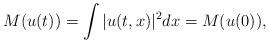
LaTeX: \begin{align*}M(u(t)) = \int |u(t,x)|^{2} dx = M(u(0)),\end{align*}